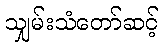
သျှမ်းသံတော်ဆင့်